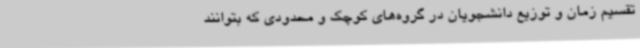
تقسیم زمان و توزیع دانشجویان در گروه‌های کوچک و محدودی که بتوانند